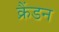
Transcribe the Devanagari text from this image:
क्रैंडन